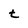
Character: t